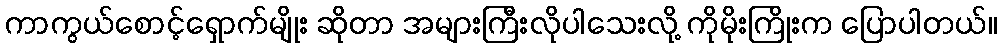
ကာကွယ်စောင့်ရှောက်မျိုး ဆိုတာ အများကြီးလိုပါသေးလို့ ကိုမိုးကြိုးက ပြောပါတယ်။